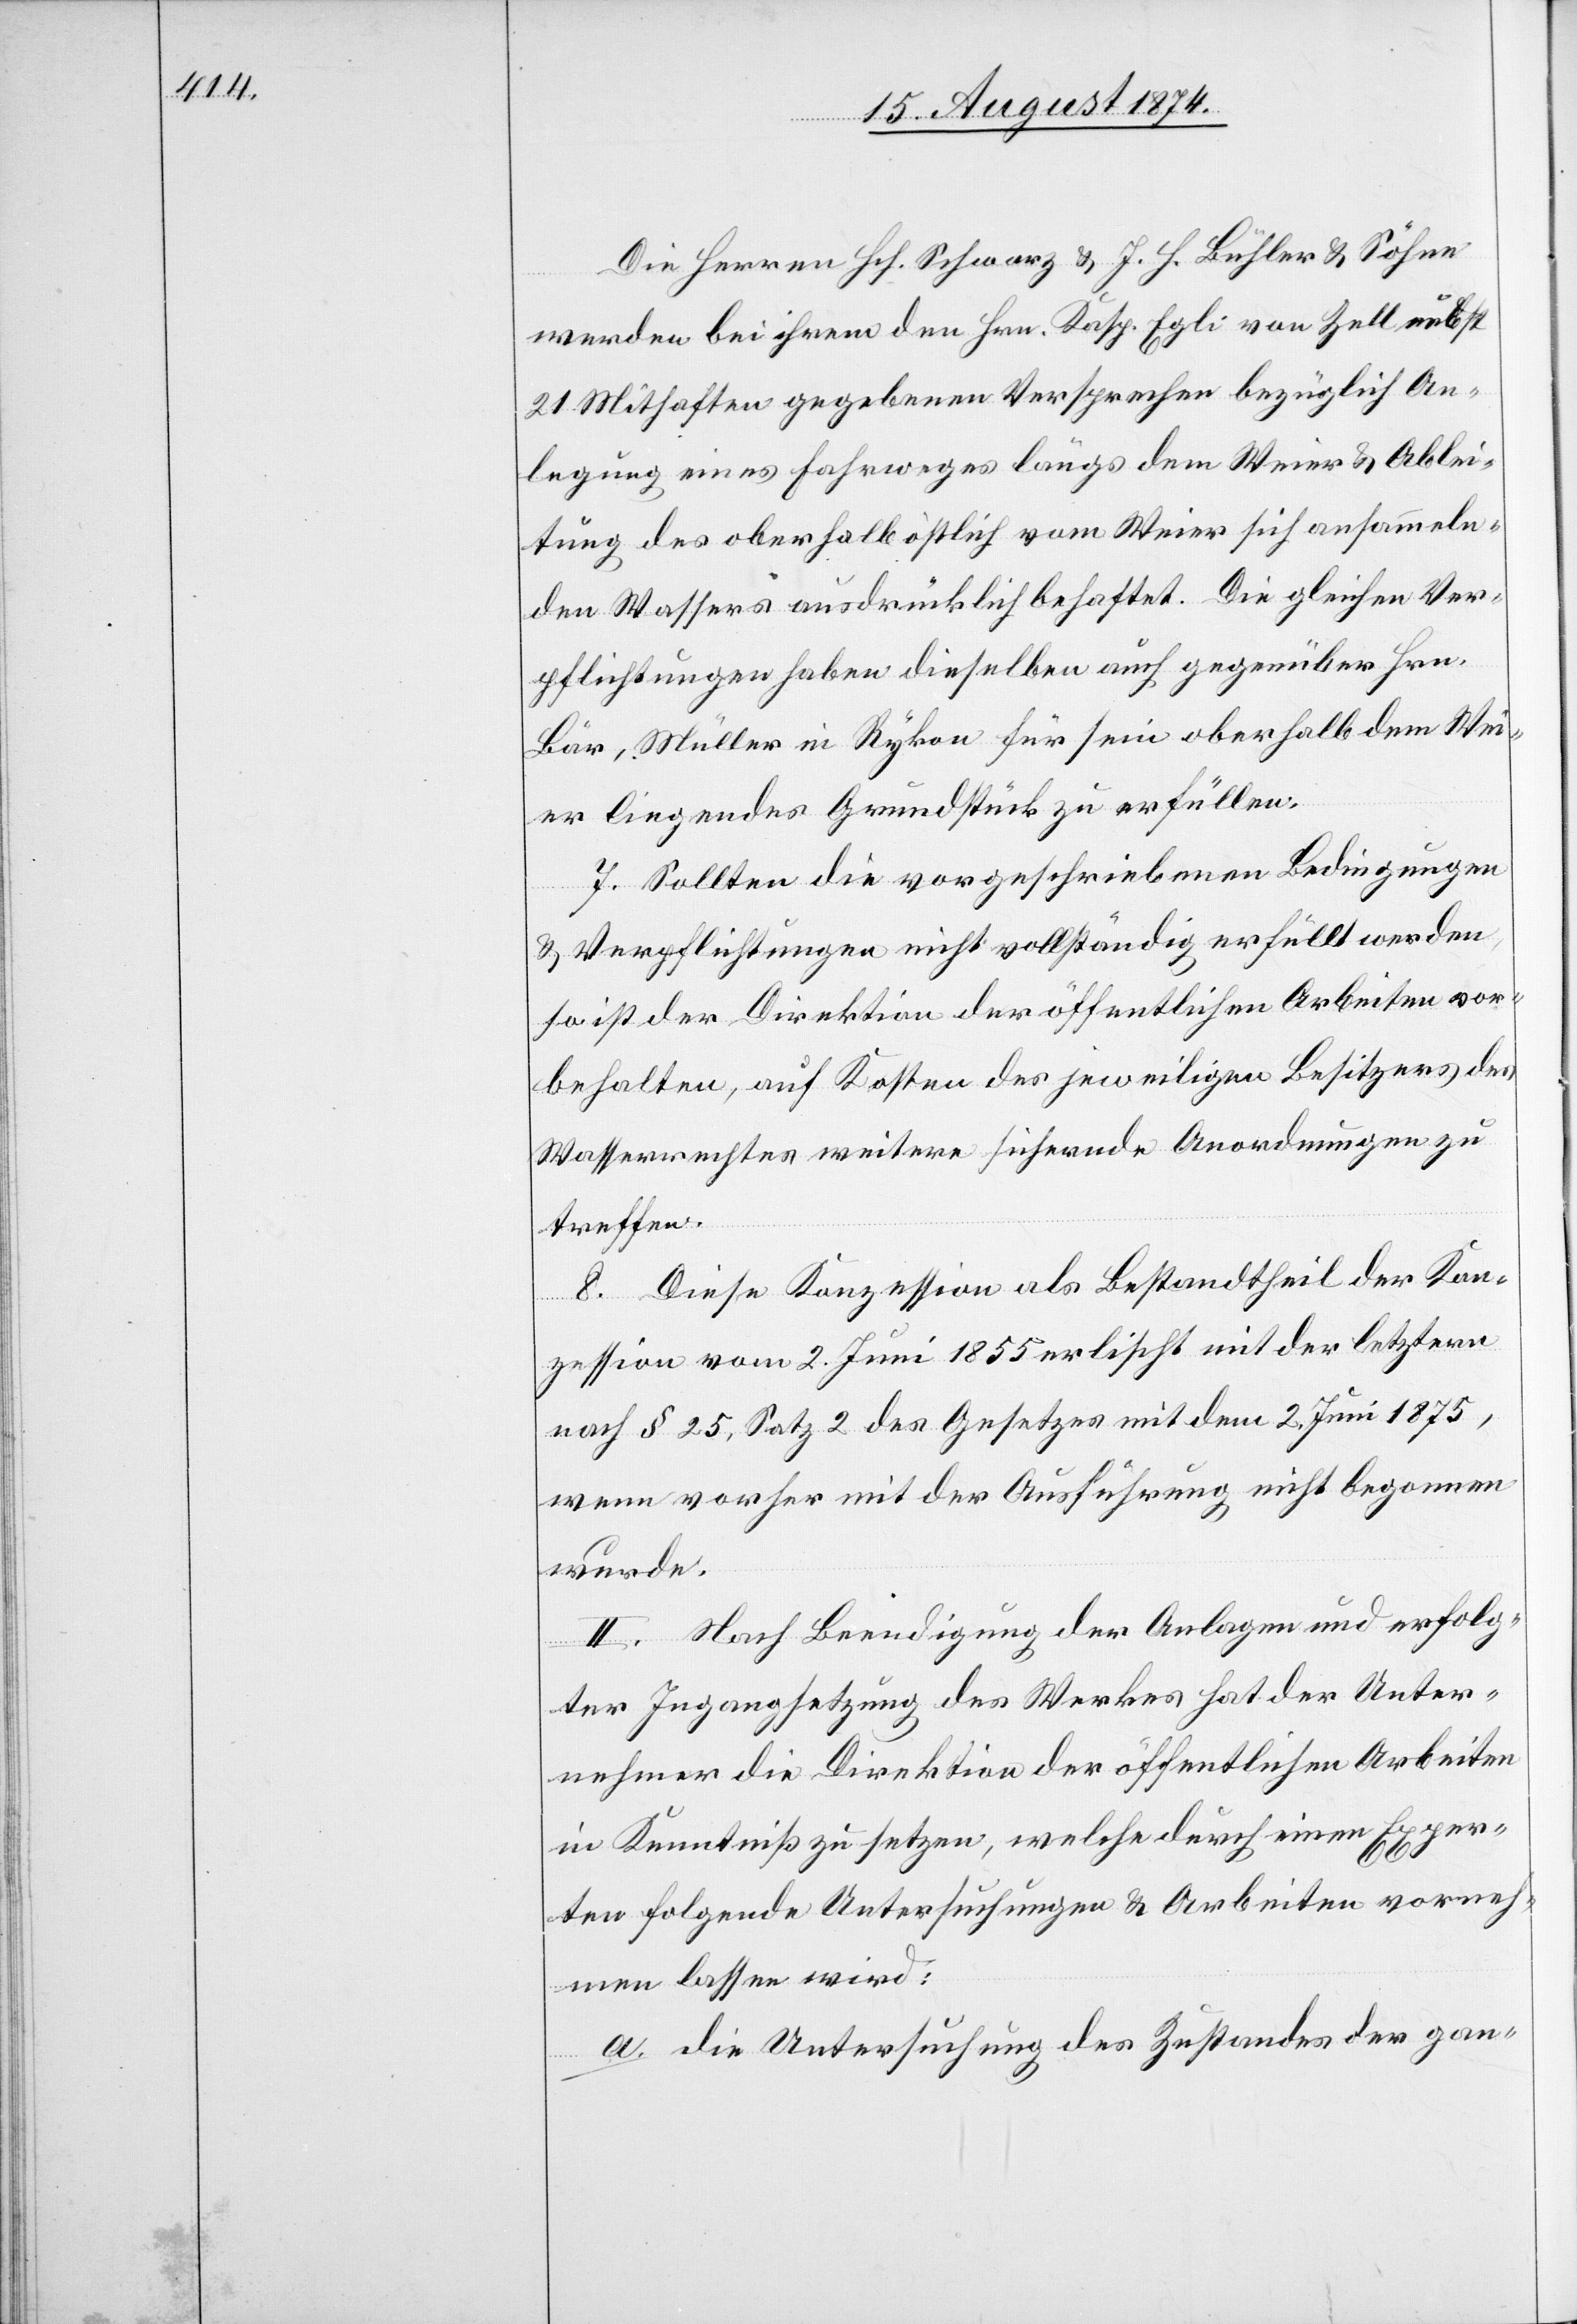
Die Herren Hch. Schwarz u. J. H. Bühler u. Söhne
werden bei ihrem dem Hrn. Kasp. Egli von Zell nebst
21 Mithaften gegebenen Versprechen bezüglich An¬
legung eines Fahrweges längs dem Weier u. Ablei¬
tung des oberhalb östlich vom Weier sich ansammeln¬
den Wassers ausdrücklich behaftet. Die gleichen Ver¬
pflichtungen haben dieselben auch gegenüber Hrn.
Bär, Müller in Rykon für sein oberhalb dem Wei¬
er liegendes Grundstück zu erfüllen.
7. Sollten die vorgeschriebenen Bedingungen
u. Verpflichtungen nicht vollständig erfüllt werden,
so ist der Direktion der öffentlichen Arbeiten vor¬
behalten, auf Kosten des jeweiligen Besitzers des
Wasserrechtes weitere sichernde Anordnungen zu
treffen.
8. Diese Konzession als Bestandtheil der Kon¬
zession vom 2. Juni 1855 erlischt mit der letztern
nach § 25, Satz 2 des Gesetzes mit dem 2. Juni 1875,
wenn vorher mit der Ausführung nicht begonnen
wurde.
II. Nach Beendigung der Anlagen und erfolg¬
ter Ingangsetzung des Werkes hat der Unter¬
nehmer die Direktion der öffentlichen Arbeiten
in Kenntniß zu setzen, welche durch einen Exper¬
ten folgende Untersuchungen u. Arbeiten vorneh¬
men lassen wird:
a. die Untersuchung des Zustandes der gan-